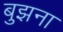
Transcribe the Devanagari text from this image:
बुझना